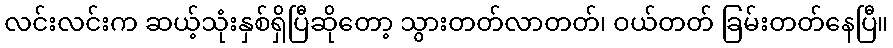
လင်းလင်းက ဆယ့်သုံးနှစ်ရှိပြီဆိုတော့ သွားတတ်လာတတ်၊ ဝယ်တတ် ခြမ်းတတ်နေပြီ။